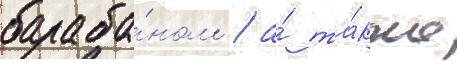
бараба́ном / а́ та́кже